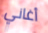
أغاني